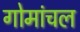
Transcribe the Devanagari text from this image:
गोमांचल